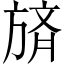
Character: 𪯼